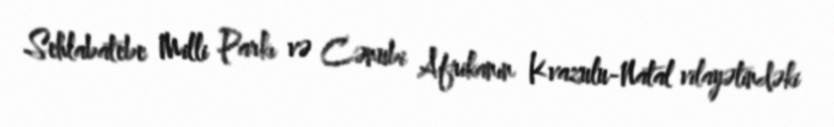
Sehlabatebe Milli Parkı və Cənubi Afrikanın Kvazulu-Natal vilayətindəki